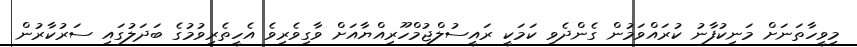
މިވީހާތަނަށް މަނިކުފާނު ކުރައްވަމުން ގެންދެވި ކަމަކީ ރައީސުލްޖުމްހޫރިއްޔާއަށް ވާގިވެރިވެ އެހީތެރިވުމުގެ ބަދަލުގައި ސަރުކާރުން